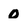
Character: 0